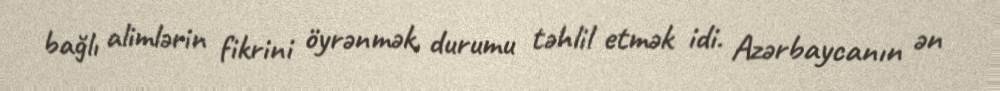
bağlı alimlərin fikrini öyrənmək, durumu təhlil etmək idi. Azərbaycanın ən